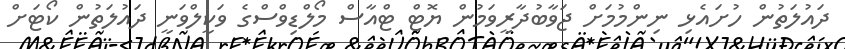
ދައުލަތުން ހުށައެޅި ނިންމުމަށް ޖަވާބުދާރީވަމުން ޔޮޓް ޓްއާސް މޯލްޑިވްސްގެ ވަކީލްވަނީ ދައުލަތުން ކޯޓަށް